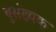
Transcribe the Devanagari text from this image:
बुसंख्यक